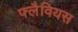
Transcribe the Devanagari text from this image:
फ्लैवियस